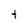
Character: t